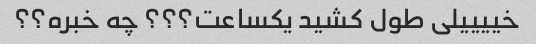
خییییلی طول کشید یکساعت؟؟؟ چه خبره؟؟